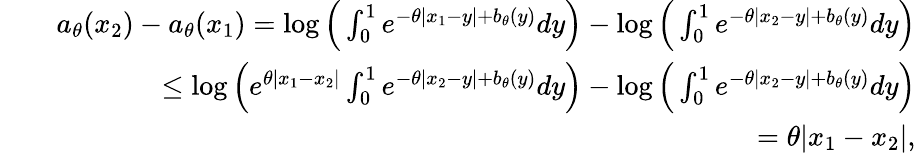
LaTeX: \begin{array}{rlr}&{}&{a_{\theta}(x_{2})-a_{\theta}(x_{1})=\log\Big(\int_{0}^{1}e^{-\theta|x_{1}-y|+b_{\theta}(y)}dy\Big)-\log\Big(\int_{0}^{1}e^{-\theta|x_{2}-y|+b_{\theta}(y)}dy\Big)}\\ &{}&{\quad\quad\leq\log\Big(e^{\theta|x_{1}-x_{2}|}\int_{0}^{1}e^{-\theta|x_{2}-y|+b_{\theta}(y)}dy\Big)-\log\Big(\int_{0}^{1}e^{-\theta|x_{2}-y|+b_{\theta}(y)}dy\Big)}\\ &{}&{\quad\quad=\theta|x_{1}-x_{2}|,}\end{array}